Lunatic asylums Madras 1877-1891 - 1877-1891
Year: 1877
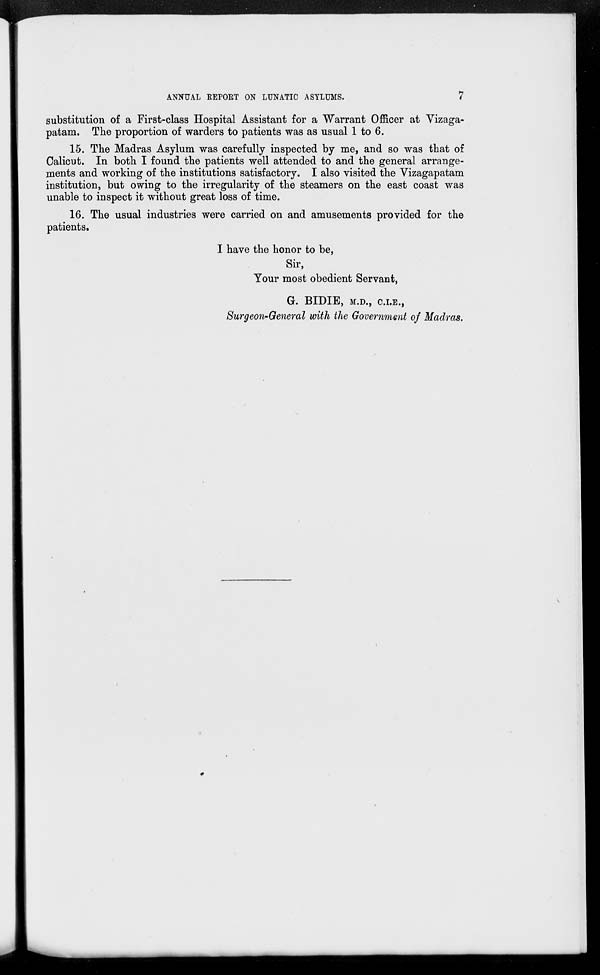
ANNUAL REPORT ON LUNATIC ASYLUMS.
7
substitution of a First-class Hospital Assistant for a Warrant Officer at Vizaga-
patam. The proportion of warders to patients was as usual 1 to 6.
15. The Madras Asylum was carefully inspected by me, and so was that of
Calicut. In both I found the patients well attended to and the general arrange-
ments and working of the institutions satisfactory. I also visited the Vizagapatam
institution, but owing to the irregularity of the steamers on the east coast was
unable to inspect it without great loss of time.
16. The usual industries were carried on and amusements provided for the
patients.
I have the honor to be,
Sir,
Your most obedient Servant,
G. BIDIE, M.D., C.I.E.,
Surgeon-General with the Government of Madras.